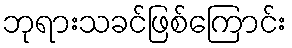
ဘုရားသခင်ဖြစ်ကြောင်း